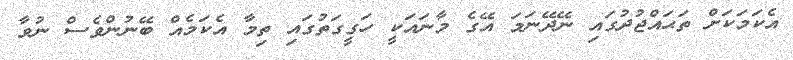
އެކަމަކަށް ތަޙައްޖުދުގައި ނޭދޭނަމަ އޭގެ މާނައަކީ ހަގީގަތުގައި ތިމާ އެކަމެއް ބޭނުންވެސް ނުވާ